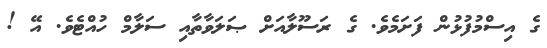
ގެ އިސްމުފުޅުން ފަށަމެވެ. ގެ ރަސޫލާއަށް ޞަލަވާތާއި ސަލާމް ހުއްޓެވެ. އޭ !